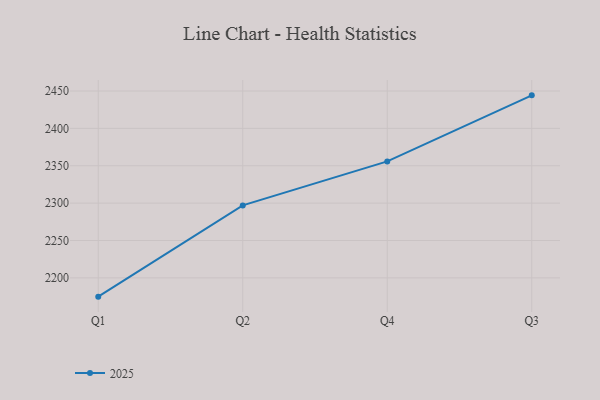
{"axis": {"x": "Quarter", "y": "Satisfaction Score"}, "legend": ["2025"], "data": [{"x": "Q1", "y": 2174.9, "type": "2025"}, {"x": "Q2", "y": 2297.0, "type": "2025"}, {"x": "Q4", "y": 2355.8, "type": "2025"}, {"x": "Q3", "y": 2444.2, "type": "2025"}]}